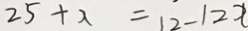
2 5 + x = 1 2 - 1 2 x